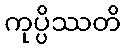
ကုပ္ပိဿတိ